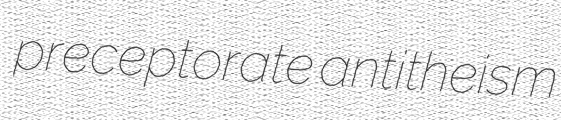
preceptorate antitheism